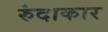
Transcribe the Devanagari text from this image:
रुंदाकार